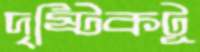
দৃষ্টিকটূ